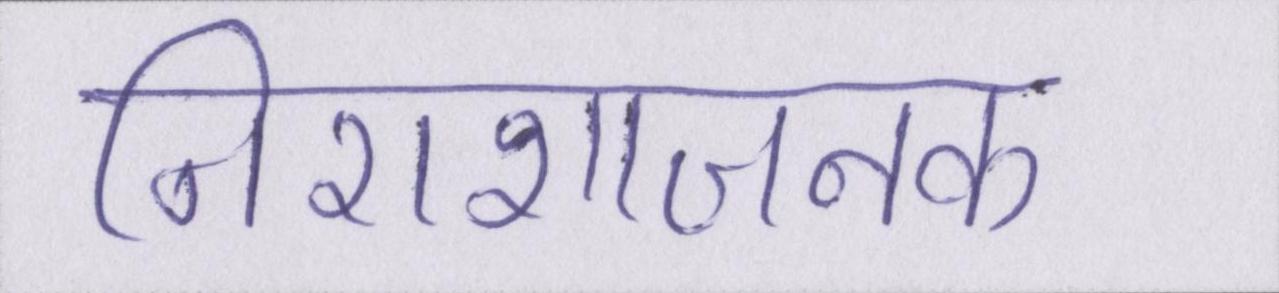
निराशाजनक